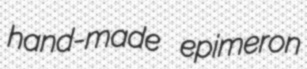
hand-made epimeron